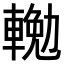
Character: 𨍠